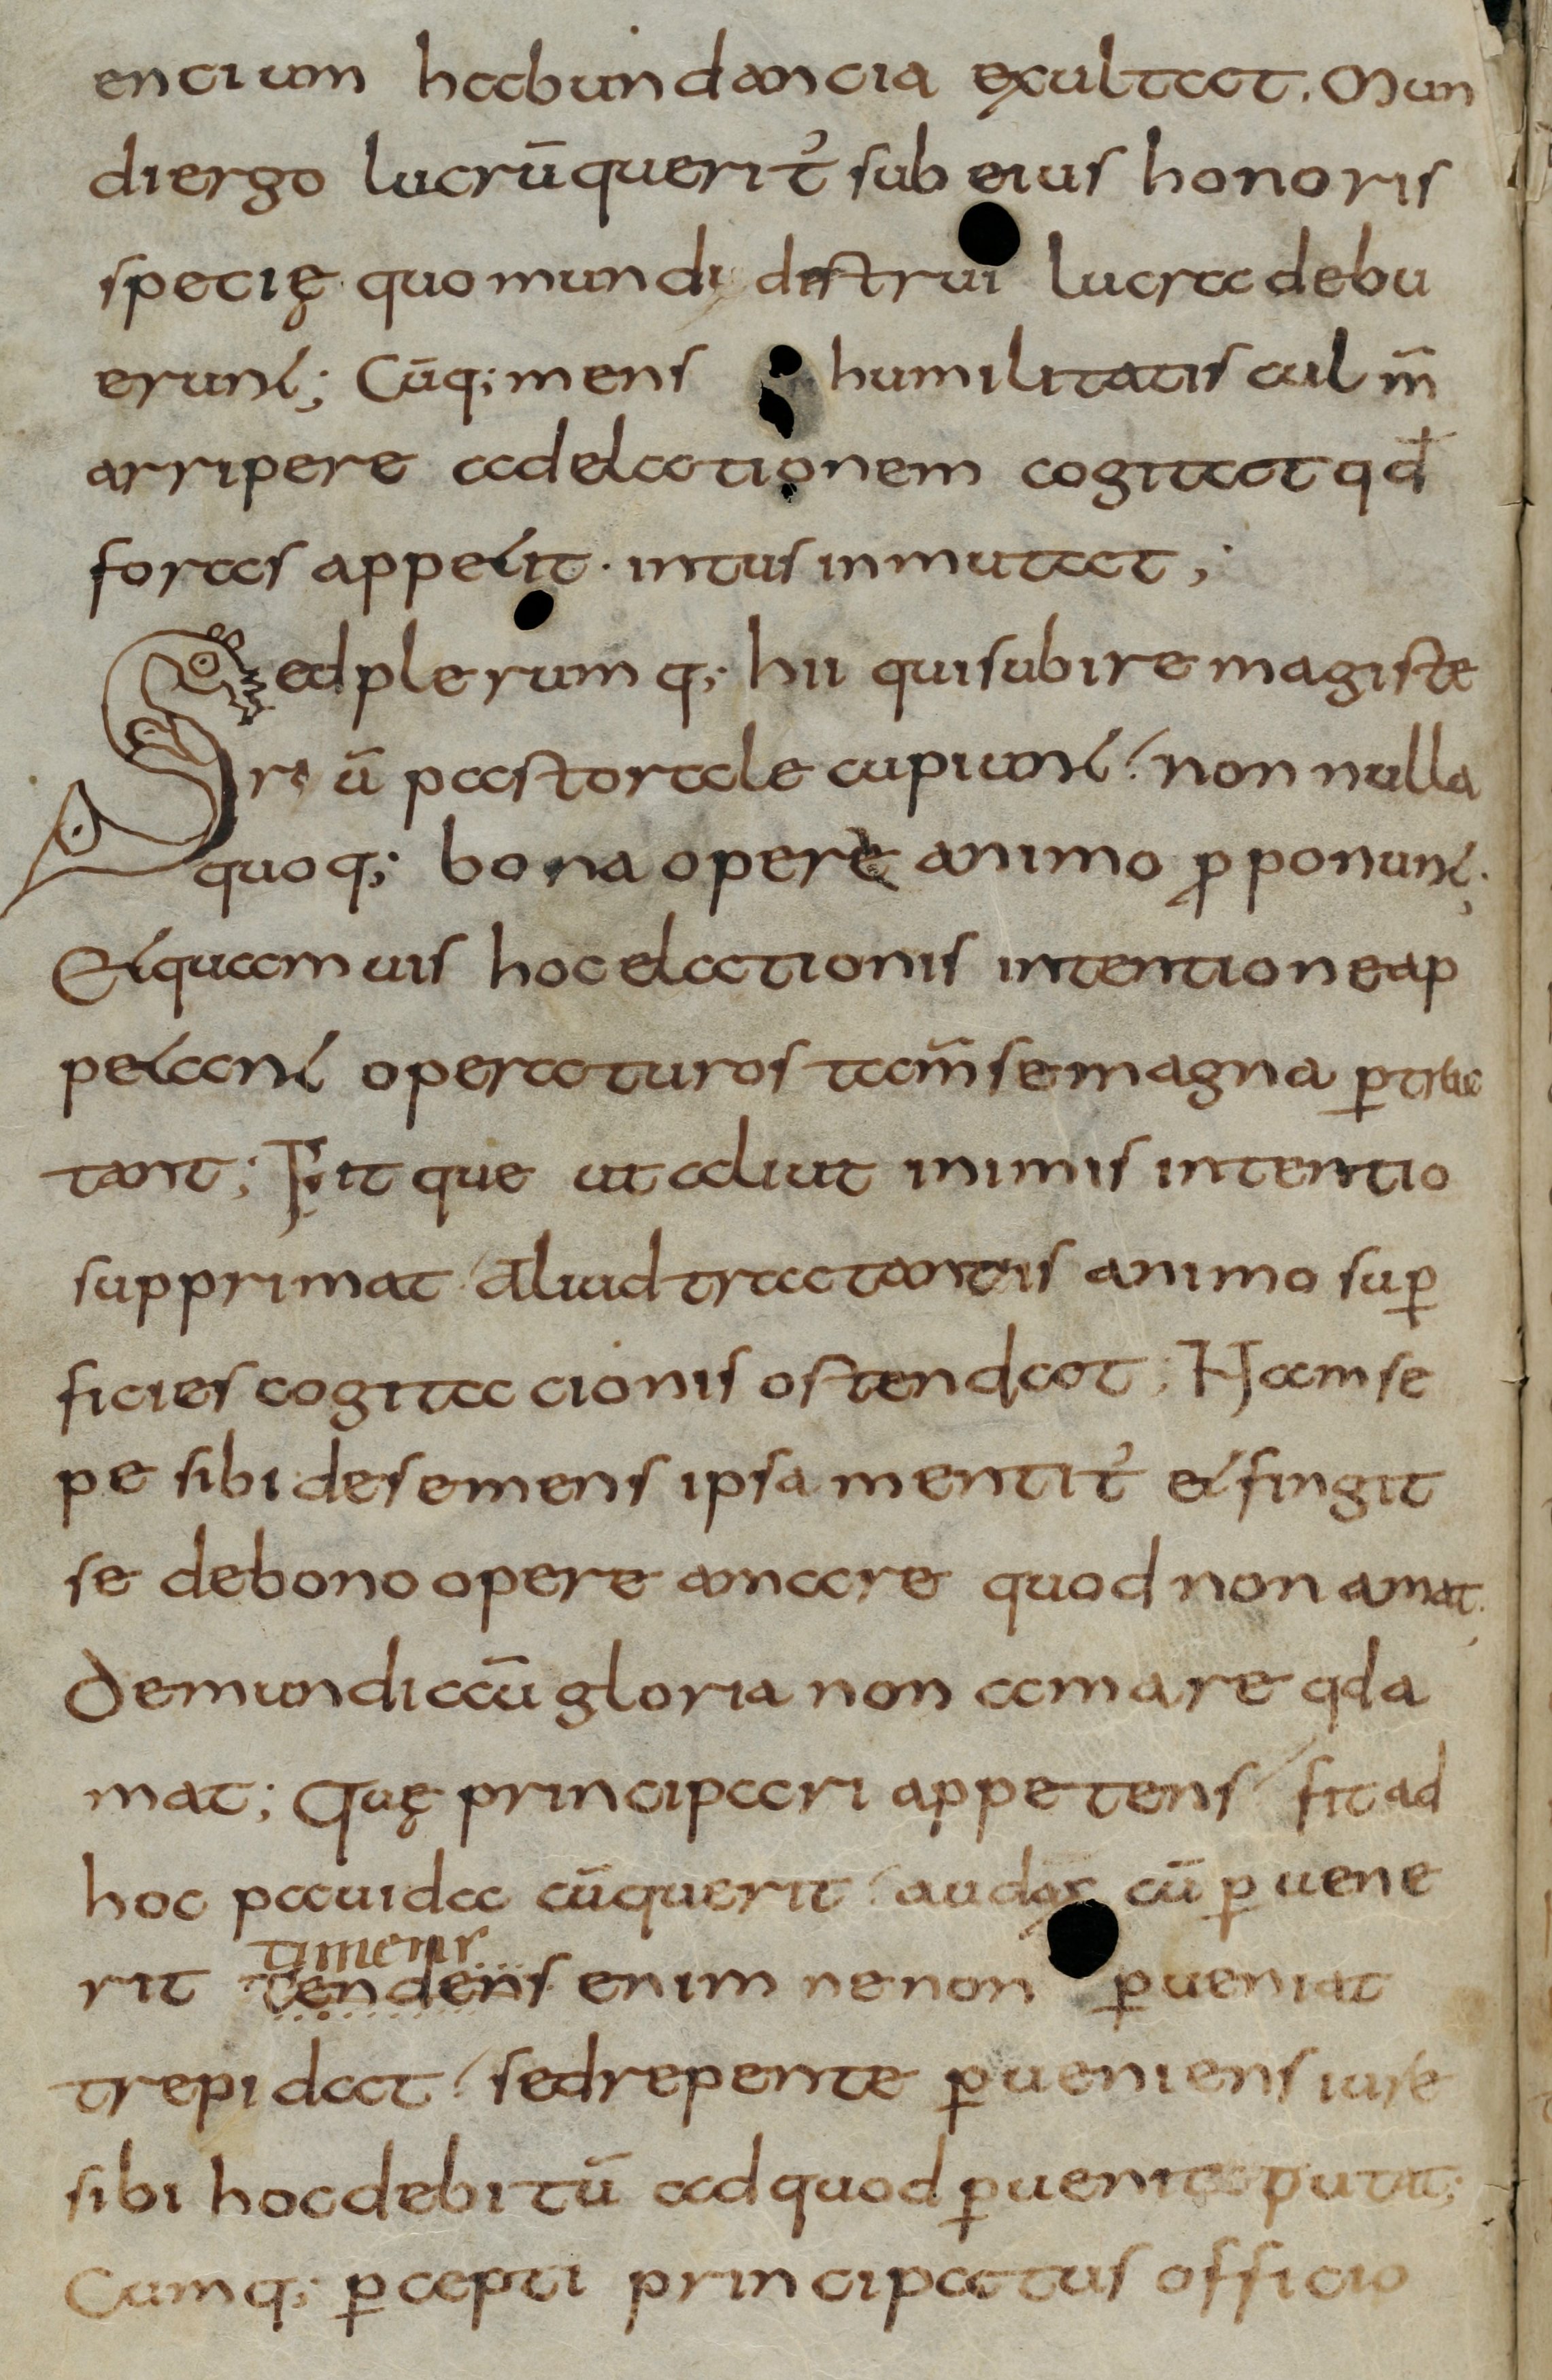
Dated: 800–830